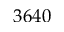
3 6 4 0